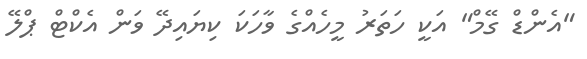
"އެންޑް ގޭމް" އަކީ ހަތަރު މީހެއްގެ ވާހަކަ ކިޔައިދޭ ވަން އެކްޓް ޕްލޭ